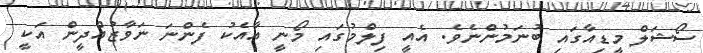
ސޯޝަލް މީޑިއާގައި ބުނަމުންނެވެ. އެއީ ފިލްމުގައި މޯނީ އާއެކު ފެންނަ ނަވާޒުއްދީން އަކީ